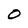
Character: O